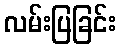
လမ်းပြခြင်း